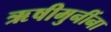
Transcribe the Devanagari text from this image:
ऋषीमुनींना